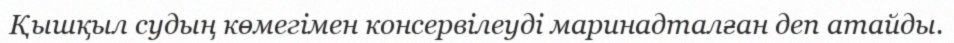
Қышқыл судың көмегімен консервілеуді маринадталған деп атайды.